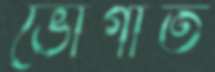
ভোগাত